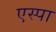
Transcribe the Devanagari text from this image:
एस्पा